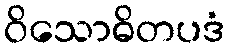
ဝိသောဓိတပဒံ